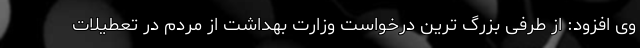
وی افزود: از طرفی بزرگ ترین درخواست وزارت بهداشت از مردم در تعطیلات